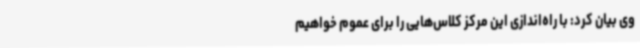
وی بیان کرد: با راه‌اندازی این مرکز کلاس‌هایی را برای عموم خواهیم